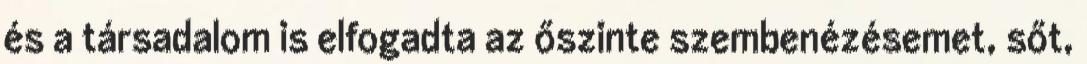
és a társadalom is elfogadta az őszinte szembenézésemet, sőt,